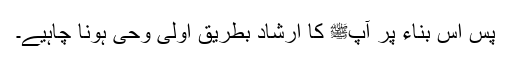
پس اس بناء پر آپﷺ کا ارشاد بطریق اولی وحی ہونا چاہیے۔